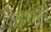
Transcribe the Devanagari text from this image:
विखाराणी